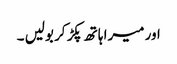
اور میرا ہاتھ پکڑ کر بولیں ۔